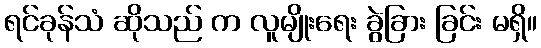
ရင်ခုန်သံ ဆိုသည် က လူမျိုးရေး ခွဲခြား ခြင်း မရှိ။